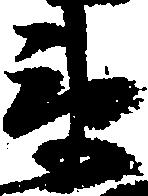
衛